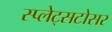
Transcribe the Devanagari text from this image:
स्प्लेट्सटोसर